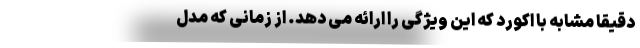
دقیقا مشابه با اکورد که این ویژگی را ارائه می دهد. از زمانی که مدل